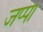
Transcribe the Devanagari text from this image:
जप्पा